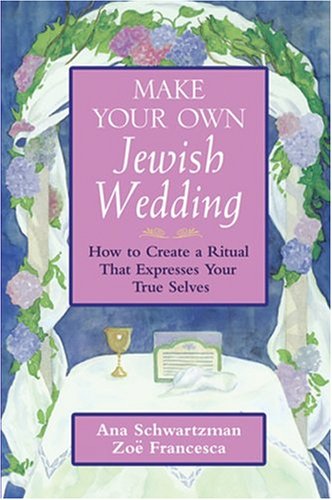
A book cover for Make Your Own Jewish Wedding: How to Create a Ritual That Expresses Your True Selves; Ana Schwartzman; Crafts, Hobbies & Home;